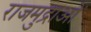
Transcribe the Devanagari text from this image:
राजमुद्राओं